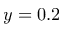
y = 0 . 2